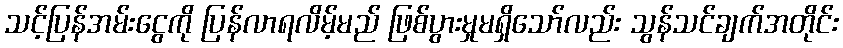
သင့်ပြန်အမ်းငွေကို ပြန်လာရလိမ့်မည် ဖြစ်ပွားမှုမရှိသော်လည်း သွန်သင်ချက်အတိုင်း